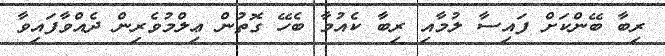
ރިބާ ބޭންކަށް ފައިސާ ލުމާއި ރިބާ ކެއުމާ ބެހޭ ގޮތުން ޢިލްމުވެރިން ދެއްވާފައިވާ